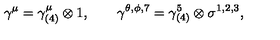
\gamma ^ { \mu } = \gamma _ { ( 4 ) } ^ { \mu } \otimes 1 , \qquad \gamma ^ { \theta , \phi , 7 } = \gamma _ { ( 4 ) } ^ { 5 } \otimes \sigma ^ { 1 , 2 , 3 } ,